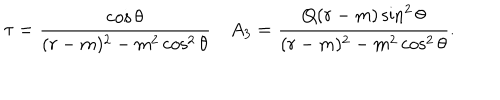
\tau = { \frac { \cos \theta } { ( r - m ) ^ { 2 } - m ^ { 2 } \cos ^ { 2 } \theta } } \quad A _ { 3 } = { \frac { Q ( r - m ) \sin ^ { 2 } \theta } { ( r - m ) ^ { 2 } - m ^ { 2 } \cos ^ { 2 } \theta } } .